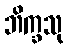
ဘိက္ခသု